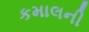
કમાલની